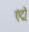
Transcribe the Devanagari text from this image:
एंट्रो